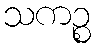
သကဉ္စ